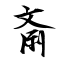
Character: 斎